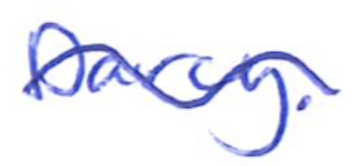
Text: Darcy.
Cross-out: wave
Writing tool: ballpoint